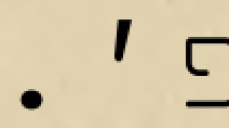
פ׳.